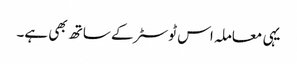
یہی معاملہ اس ٹوسٹر کے ساتھ بھی ہے۔